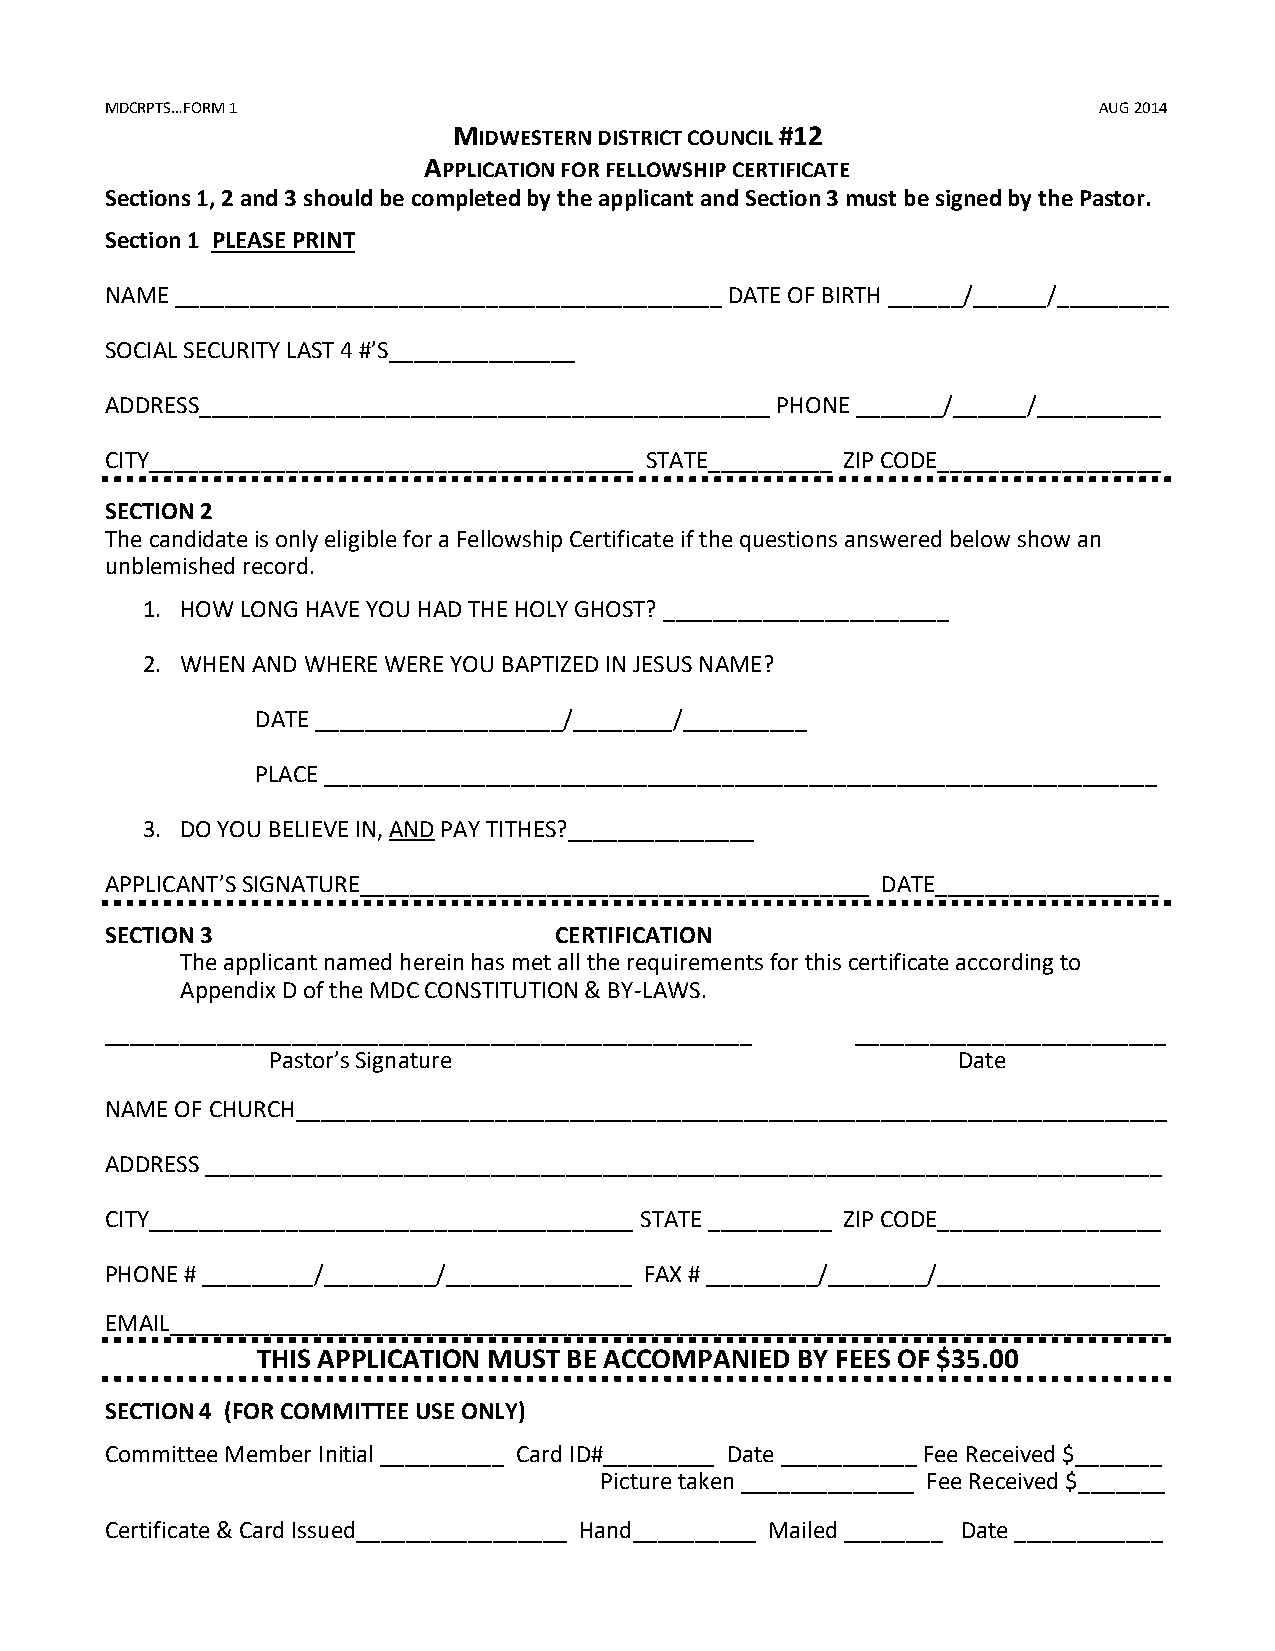
MDCRPTS…FORM 1                                                    AUG 2014
 MIDWESTERN DISTRICT COUNCIL #12
 APPLICATION FOR FELLOWSHIP CERTIFICATE
 Sections 1, 2 and 3 should be completed by the applicant and Section 3 must be signed by the Pastor.
 Section 1 PLEASE PRINT
 NAME ____________________________________________ DATE OF BIRTH ______/______/_________
 SOCIAL SECURITY LAST 4 #’S_______________
 ADDRESS______________________________________________ PHONE _______/______/__________
 CITY_______________________________________ STATE__________ ZIP CODE__________________
 SECTION 2
 The candidate is only eligible for a Fellowship Certificate if the questions answered below show an
 unblemished record.
 1. HOW LONG HAVE YOU HAD THE HOLY GHOST? _______________________
 2. WHEN AND WHERE WERE YOU BAPTIZED IN JESUS NAME?
 DATE ____________________/________/__________
 PLACE ___________________________________________________________________
 3. DO YOU BELIEVE IN, AND PAY TITHES?_______________
 APPLICANT’S SIGNATURE_________________________________________ DATE__________________
 SECTION 3                     CERTIFICATION
 The applicant named herein has met all the requirements for this certificate according to
 Appendix D of the MDC CONSTITUTION & BY-LAWS.
 ____________________________________________________ _________________________
 Pastor’s Signature                           Date
 NAME OF CHURCH______________________________________________________________________
 ADDRESS _____________________________________________________________________________
 CITY_______________________________________ STATE __________ ZIP CODE__________________
 PHONE # _________/_________/_______________ FAX # _________/________/__________________
 EMAIL________________________________________________________________________________
 THIS APPLICATION MUST BE ACCOMPANIED BY FEES OF $35.00
 SECTION 4 (FOR COMMITTEE USE ONLY)
 Committee Member Initial __________ Card ID#_________ Date ___________ Fee Received $_______
 Picture taken ______________ Fee Received $_______
 Certificate & Card Issued_________________ Hand__________ Mailed ________ Date ____________